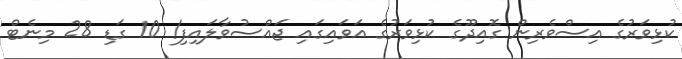
ކުޅިވަރުގެ އިސްވެރިން ގޮއިދޫގެ ކުޅިވަރުގެ އަވައިގައި ޖައްސުވާލައިފި! 10 ގަޑި 28 މިނެޓް